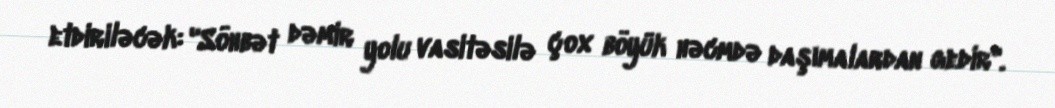
etdiriləcək: "Söhbət dəmir yolu vasitəsilə çox böyük həcmdə daşımalardan gedir".